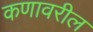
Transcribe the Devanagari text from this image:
कणावरील